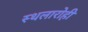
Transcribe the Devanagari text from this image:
स्थलारोही